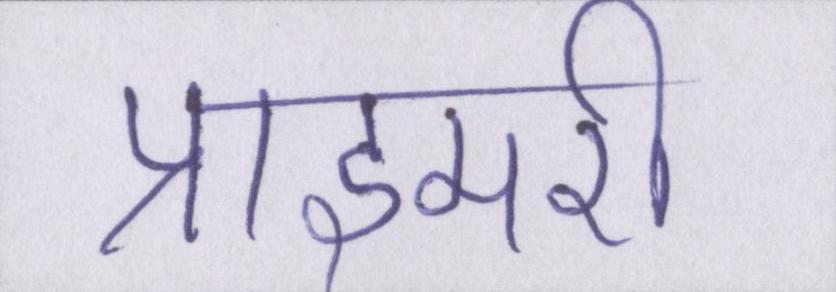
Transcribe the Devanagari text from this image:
प्राइमरी